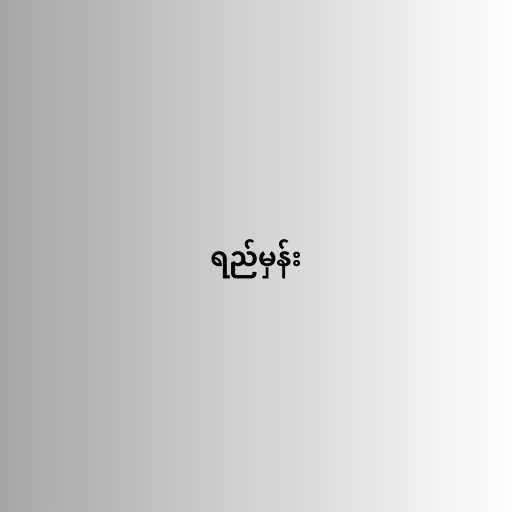
ရည်မှန်း